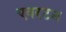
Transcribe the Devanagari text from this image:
एवरटन